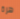
هرة